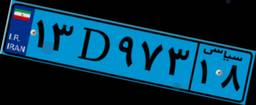
۱۳D۹۷۳۱۸